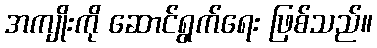
အကျိုးကို ဆောင်ရွက်ရေး ဖြစ်သည်။